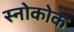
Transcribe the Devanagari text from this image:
स्नोकोक